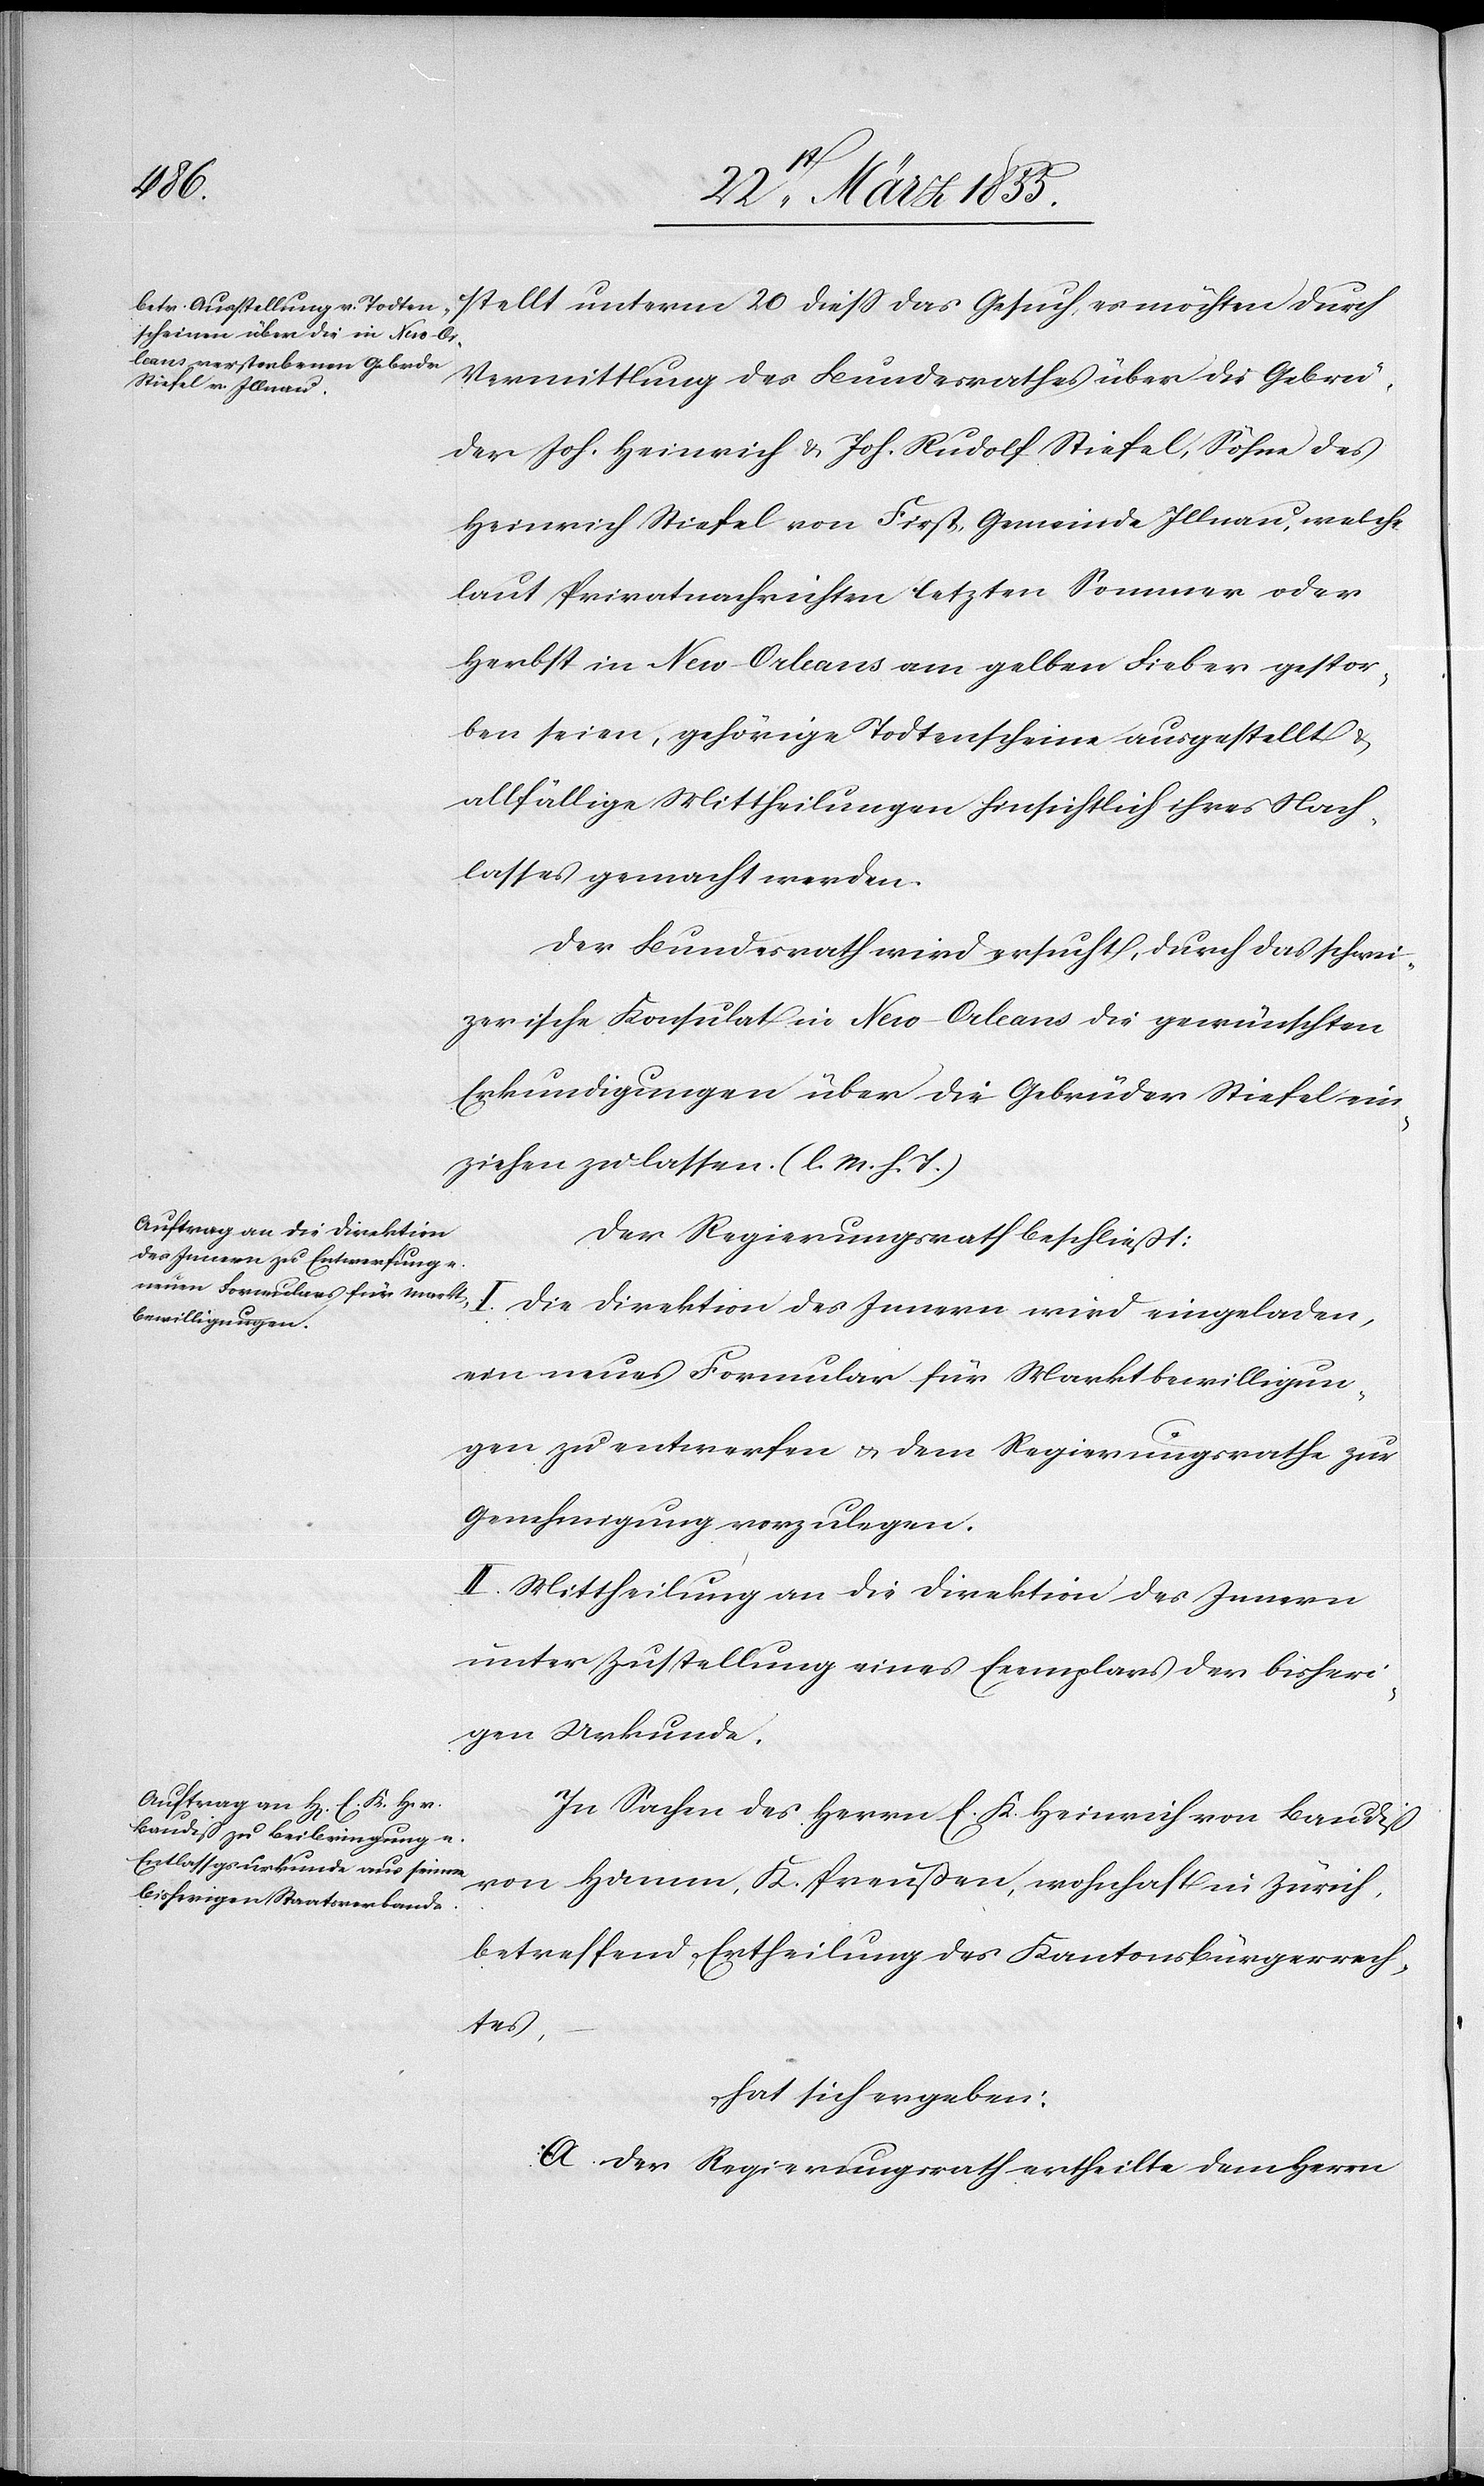
stellt unterm 20 diess das Gesuch, es möchten durch
Vermittlung des Bundesrathes über die Gebrü¬
der Joh. Heinrich & Joh. Rudolf Stiefel, Söhne des
Heinrich Stiefel von First, Gemeinde Illnau, welche
laut Privatnachrichten letzten Sommer oder
Herbst in New-Orleans am gelben Fieber gestor¬
ben seien, gehörige Todtenscheine ausgestellt &
allfällige Mittheilungen hinsichtlich ihres Nach¬
lasses gemacht werden.
Der Bundesrath wird ersucht, durch das schwei¬
zerische Konsulat in New-Orleans die gewünschten
Erkundigungen über die Gebrüder Stiefel ein¬
ziehen zu lassen. (l. M. h. T.)
Der Regierungsrath beschließt:
I. Die Direktion des Innern wird eingeladen,
ein neues Formular für Marktbewilligun¬
gen zu entwerfen & dem Regierungsrathe zur
Genehmigung vorzulegen.
II. Mittheilung an die Direktion des Innern
unter Zustellung eines Exemplars der bisheri¬
gen Urkunde.
In Sachen des Herrn E. K. Heinrich von Baudiß
von Hamm, K. Preußen, wohnhaft in Zürich,
betreffend Ertheilung des Kantonsbürgerrech¬
tes,
hat sich ergeben:
A. Der Regierungsrath ertheilte dem Herrn